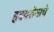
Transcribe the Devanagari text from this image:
हृदयरोगाचे